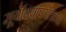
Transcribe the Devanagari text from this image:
सूर्यॊदयापर्यंतच्या